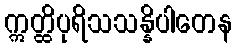
ဣတ္ထိပုရိသသန္နိပါတေန